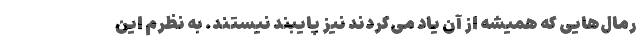
رمال‌هایی که همیشه از آن یاد می‌کردند نیز پایبند نیستند. به نظرم این